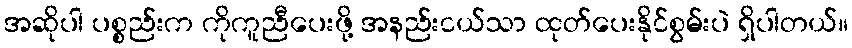
အဆိုပါ ပစ္စည်းက ကိုကူညီပေးဖို့ အနည်းငယ်သာ ထုတ်ပေးနိုင်စွမ်းပဲ ရှိပါတယ်။